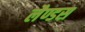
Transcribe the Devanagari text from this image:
लैण्डस